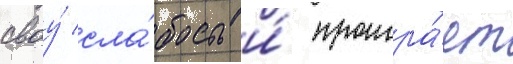
своу́ сла́бость и́ проигра́ет